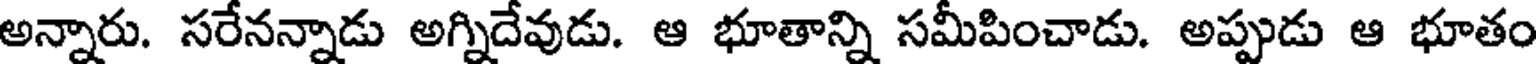
అన్నారు. సరేనన్నాడు అగ్నిదేవుడు. ఆ భూతాన్ని సమీపించాడు. అప్పుడు ఆ భూతం